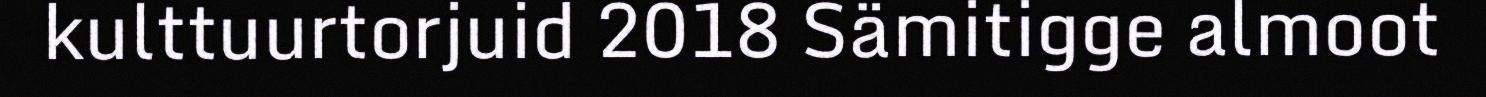
kulttuurtorjuid 2018 Sämitigge almoot